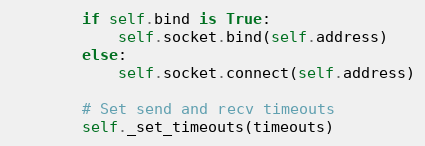
Language: Python
        if self.bind is True:
            self.socket.bind(self.address)
        else:
            self.socket.connect(self.address)

        # Set send and recv timeouts
        self._set_timeouts(timeouts)